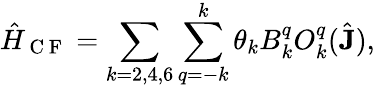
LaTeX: \hat{H}_{\mathrm{~C~F~}}=\sum_{k=2,4,6}\sum_{q=-k}^{k}\theta_{k}B_{k}^{q}O_{k}^{q}(\hat{\mathbf{J}}),